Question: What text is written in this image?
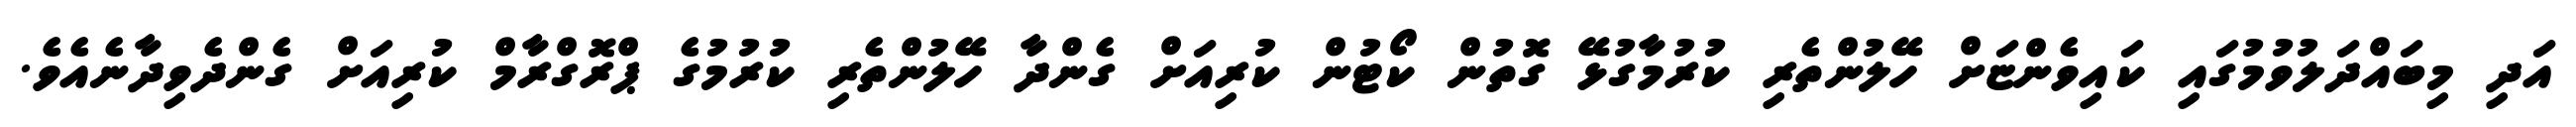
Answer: އަދި މިބައްދަލުވުމުގައި ކައިވެންޏަށް ހޭލުންތެރި ކުރުމާގުޅޭ ގޮތުން ކޯޓުން ކުރިއަށް ގެންދާ ހޭލުންތެރި ކުރުމުގެ ޕްރޮގްރާމް ކުރިއަށް ގެންދެވިދާނެއެވެ.